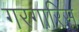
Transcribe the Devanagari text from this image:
गरगारिस